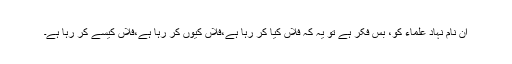
اِن نام نہاد علماء کو، بس فکر ہے تو یہ کہ فلاں کیا کر رہا ہے،فلاں کیوں کر رہا ہے،فلاں کیسے کر رہا ہے۔